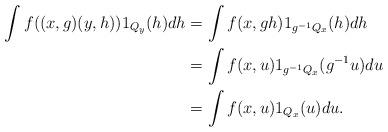
LaTeX: \begin{align*} \int f((x,g)(y,h))1_{Q_{y}}(h)dh & = \int f(x,gh)1_{g^{-1}Q_{x}}(h)dh \\ & = \int f(x,u)1_{g^{-1}Q_{x}}(g^{-1}u)du \\ & = \int f(x,u)1_{Q_{x}}(u)du. \end{align*}